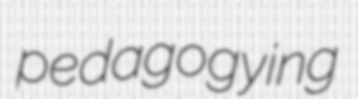
pedagogying